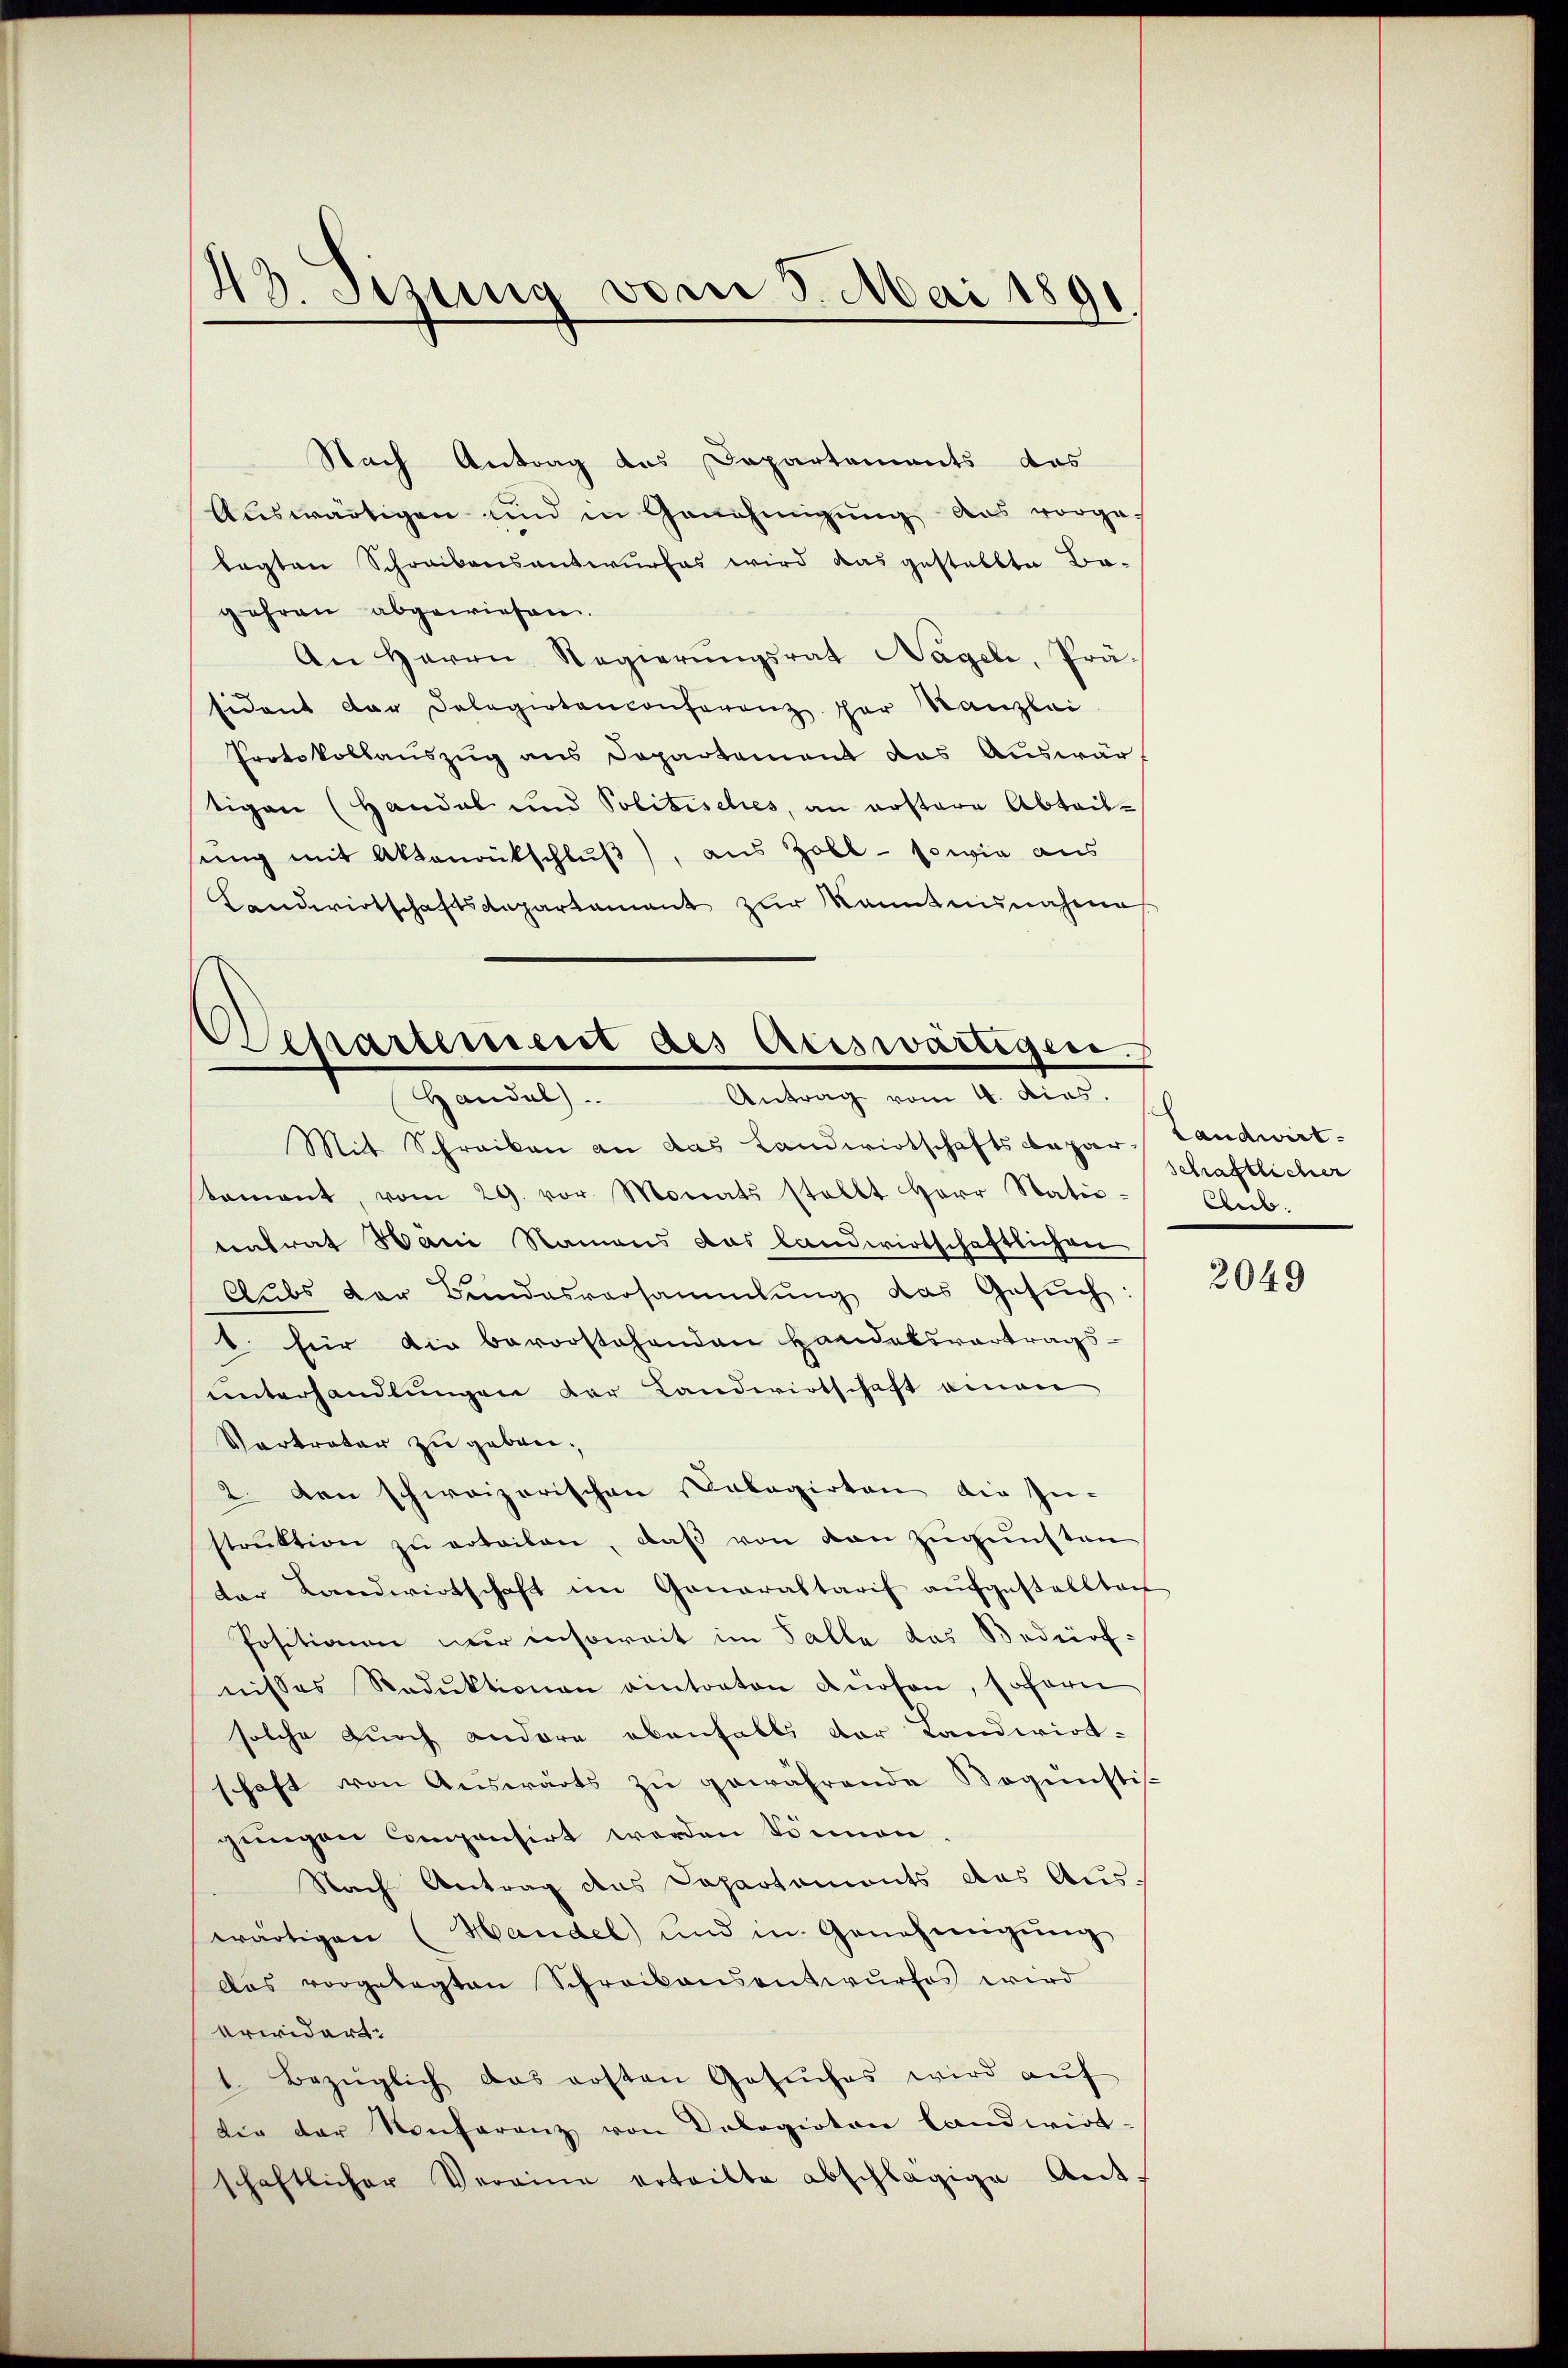
43. Sizung vom 3. Mai 1891

Nach Antrag des Dapartements das
Auswärtigen und in Genehmigung das vorge-
legten Schreibensantwurfes wird das gestellte Be-
gehren abgewiesen.
An Herrn Regierŭngsrat Nageli, Präsident dar Delegirtenconferenz der Kanzlei
Protokollauszug aus Departement das Auswär
tigen (Handel und Politisches, an erstere Abtailsung mit Aktenrütschluß), aus Zoll - sowie aus
Landwirtschaftsdepartament zŭr Kenntnunahme

epartiment des Ateswärtigere
Handel
Antrag vom 4. dies.

d

Mit Schreiben an das Landwirtschaftskapar- Landwirt-
tament, vom 29. vor. Monats stellt Herr Statio-
tentrat Häni Namens das landwirtschaftlichen
Aubs der Bundesversammlung das Gesuch
b. für die bevorstehenden Handelsvertrags-
unterhandlungen der Landwirtschaft einen
Vertreter zu geben.
2. den schweizerischen Calagirten die In-
strŭktion zŭ erteilen, daβ von den zugunsten
der Landwirtschaft im Ganaraltarif aŭfgestellten
Positionen nur insoweit im Falle das Bedürf-
nisses Reduktionen eintorten dürfen, sofern
solche durch andere ebenfalls der Landwirt-
schaft von Aŭswärts zŭ gewährende Bogünsti-
gungen compensirt werden können.
Nach Antrag des Dapartamonts das Aus-
wärtigen (Handel) und in Genehmigŭng
Das vorgelegten Schreibensentwurfes wird
Urwidert:
1. Bezüglich das ersten Gesŭches wird aŭf
die der Konferenz von Dologioten landwirt-
schaftlicher Vereine erteilte abschlägige Ant.

schaftlicher
Club.

2049